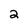
Character: 2